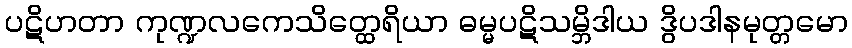
ပဋိဟတာ ကုဏ္ဍလကေသိတ္ထေရိယာ ဓမ္မပဋိသမ္ဘိဒါယ ဒွိပဒါနမုတ္တမော